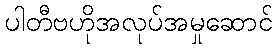
ပါတီဗဟိုအလုပ်အမှုဆောင်